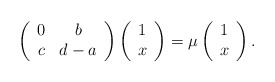
\begin{align*}\left(\begin{array}{cc}0&b \\c&d-a \\\end{array}\right)\left(\begin{array}{c}1 \\x \\\end{array}\right)=\mu\left(\begin{array}{c}1 \\x \\\end{array}\right).\end{align*}